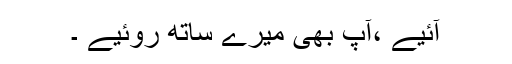
آئیے ،آپ بھی میرے ساتھ روئیے ۔